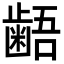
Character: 𪘚